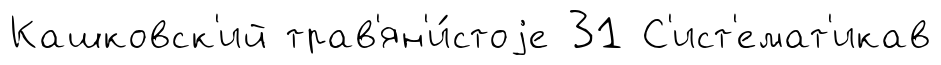
Кашковск'ий трав'ян'и́стоjе 31 С'ист'емат'икав